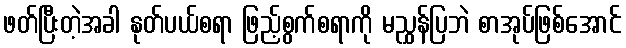
ဖတ်ပြီးတဲ့အခါ နုတ်ပယ်စရာ ဖြည့်စွက်စရာကို မညွှန်ပြဘဲ စာအုပ်ဖြစ်အောင်